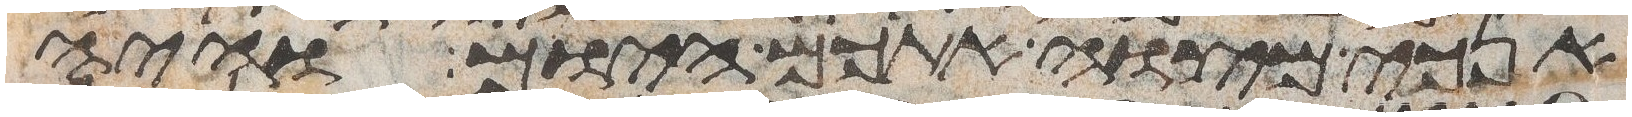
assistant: אנכי מצוה אתכם היום והיה